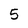
Character: 5